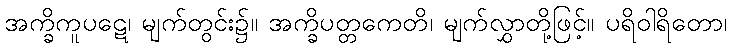
အက္ခိကူပဋေ၊ မျက်တွင်း၌။ အက္ခိပတ္တကေတိ၊ မျက်လွှာတို့ဖြင့်။ ပရိဝါရိတော၊